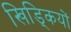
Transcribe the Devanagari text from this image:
खिड्कियों